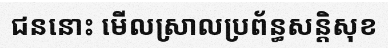
ជននោះ មើលស្រាលប្រព័ន្ធសន្តិសុខ